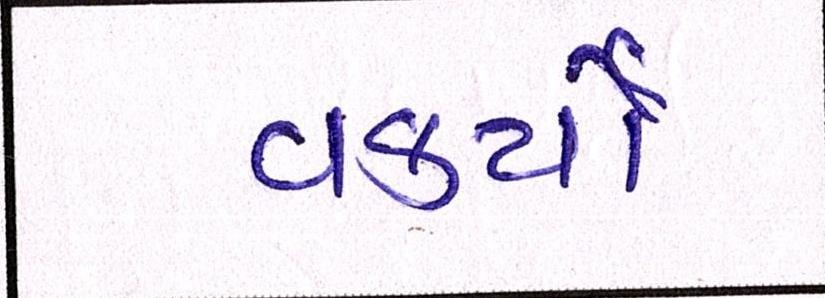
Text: વકર્યો